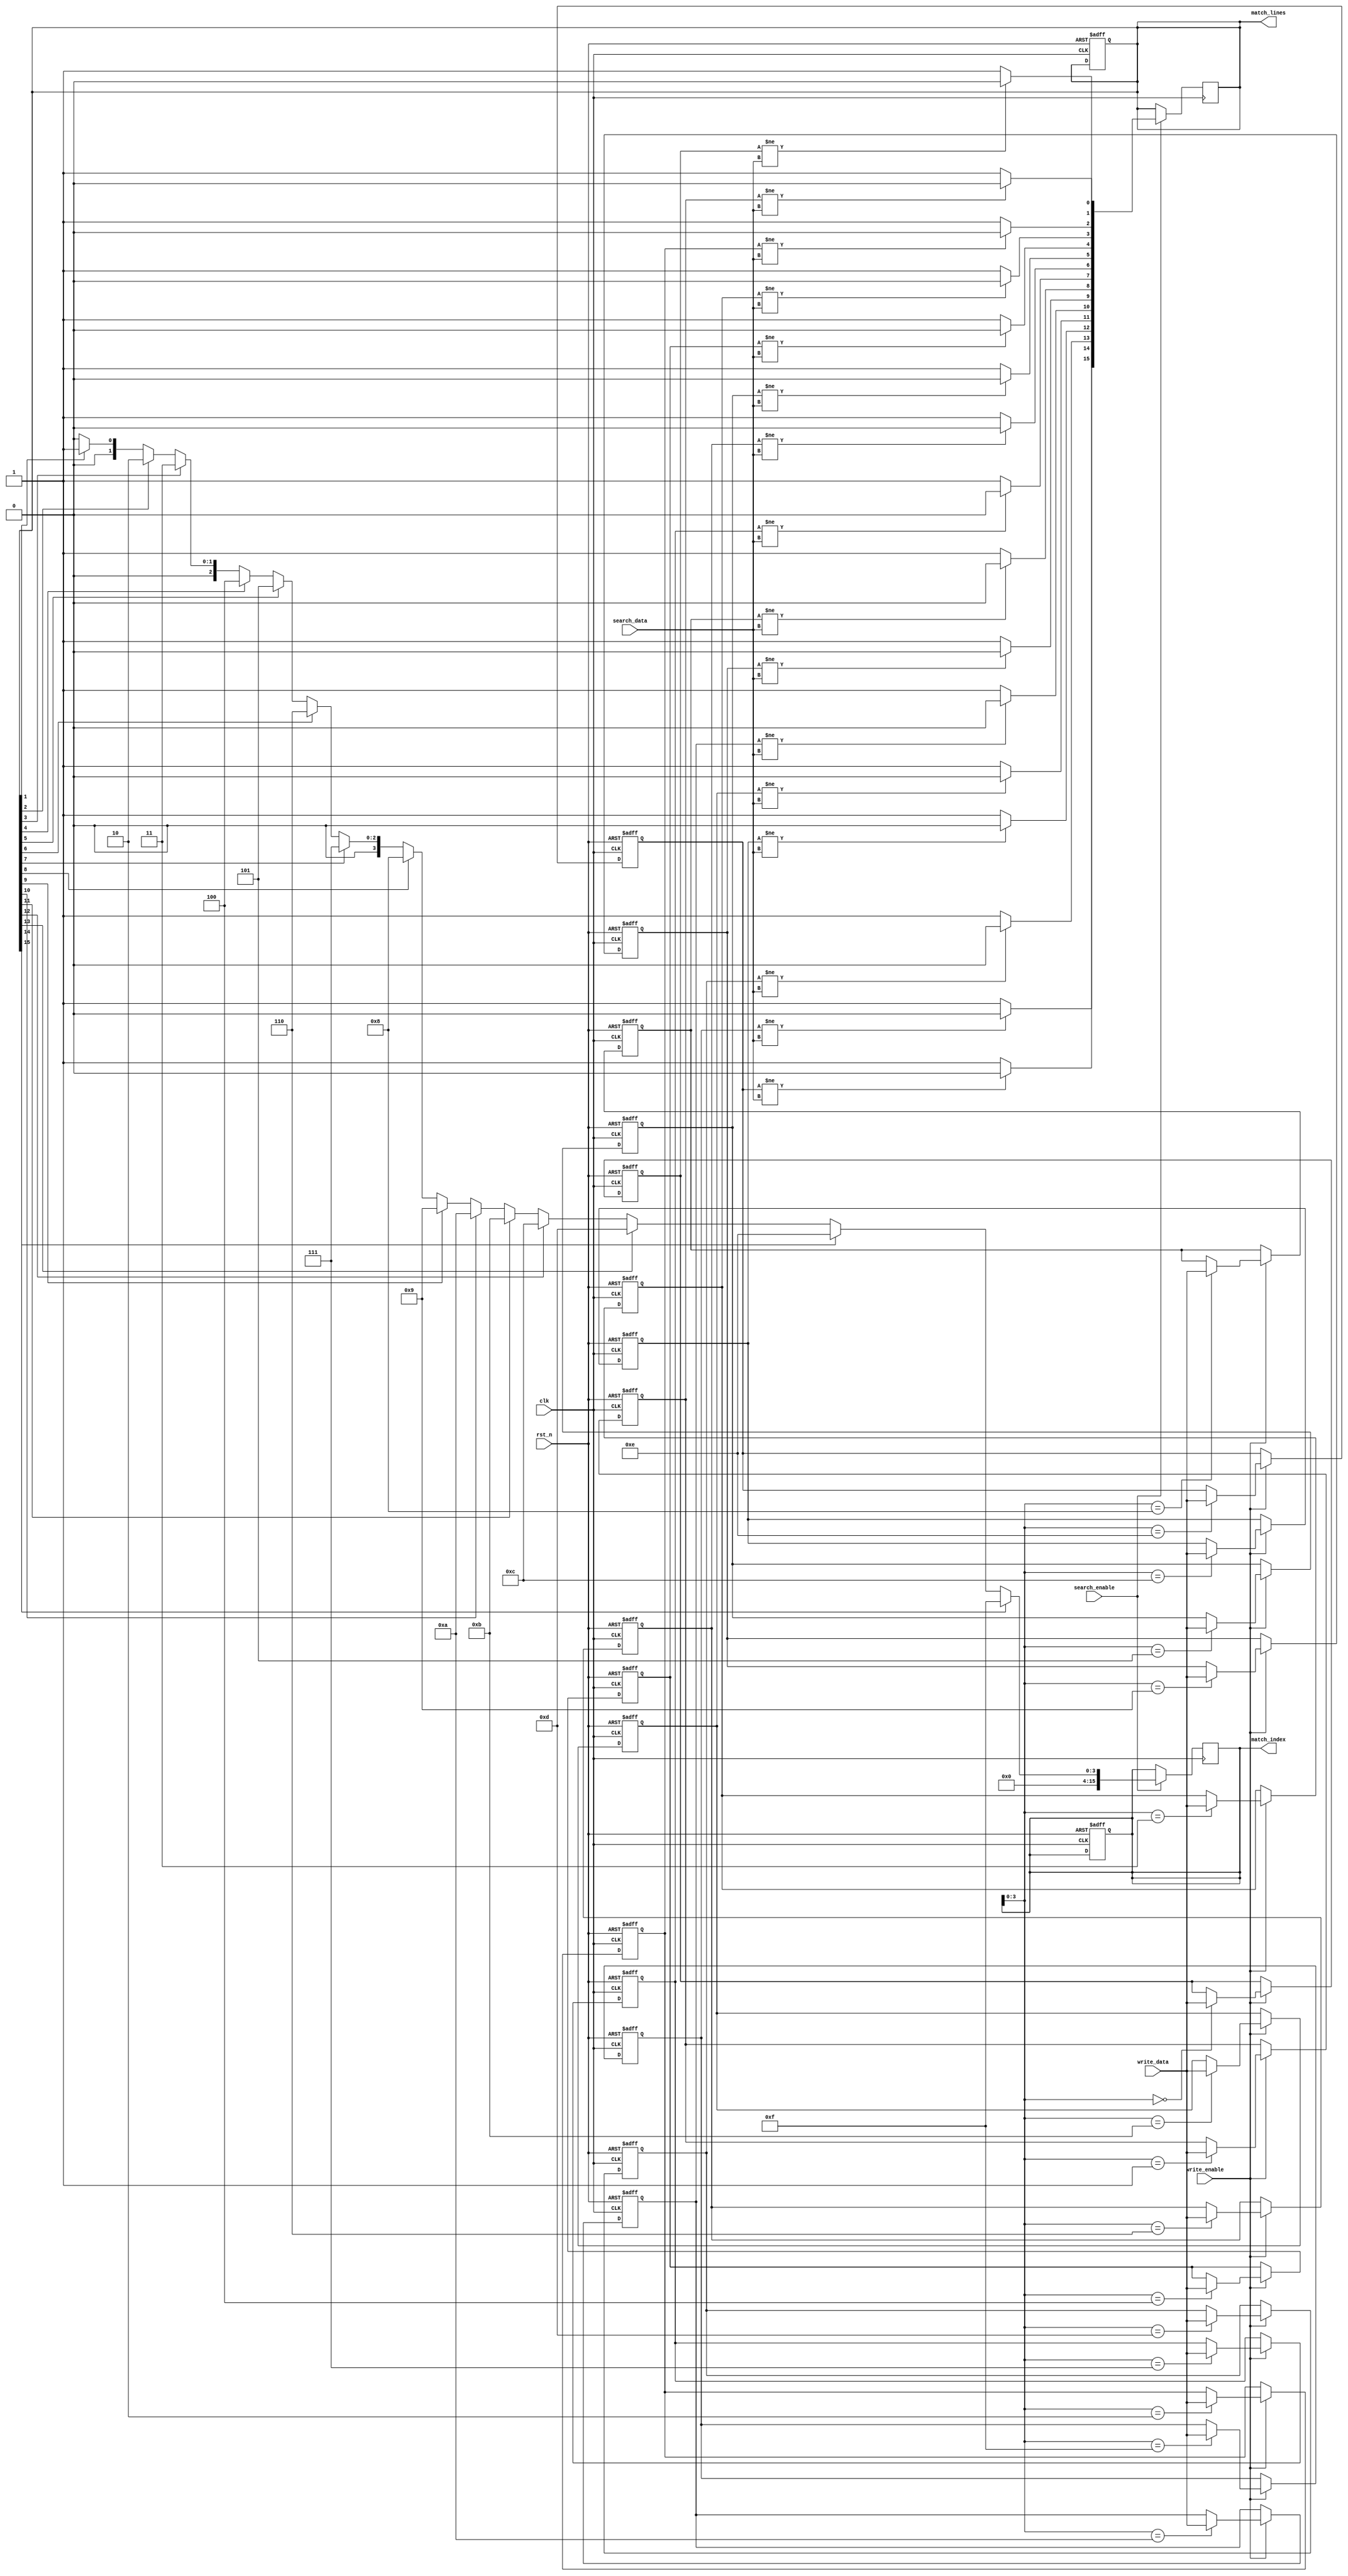
module flash_based_cam #(
    parameter DATA_WIDTH = 8,         // Width of each stored word
    parameter NUM_WORDS = 16           // Number of words in the CAM
) (
    input wire clk,                    // Clock signal
    input wire rst_n,                  // Active low reset
    input wire [DATA_WIDTH-1:0] search_data, // Data to search for
    input wire search_enable,           // Enable signal for search operation
    input wire [DATA_WIDTH-1:0] write_data, // Data to write
    input wire write_enable,            // Enable signal for write operation
    output reg [NUM_WORDS-1:0] match_lines, // Match lines for each word
    output reg [NUM_WORDS-1:0] match_index // Index of the highest priority match
);

    // Data storage array (CAM array)
    reg [DATA_WIDTH-1:0] cam_array [0:NUM_WORDS-1];

    // Internal signals
    reg [NUM_WORDS-1:0] temp_match_lines;
    integer i;

    // Write operation
    always @(posedge clk or negedge rst_n) begin
        if (!rst_n) begin
            // Reset CAM array
            for (i = 0; i < NUM_WORDS; i = i + 1) begin
                cam_array[i] <= {DATA_WIDTH{1'b0}};
            end
            match_lines <= {NUM_WORDS{1'b0}};
            match_index <= {NUM_WORDS{1'b0}};
        end else if (write_enable) begin
            // Write data to CAM
            cam_array[match_index] <= write_data; // Assuming match_index is set to the desired write location
        end
    end

    // Search operation
    always @(posedge clk) begin
        if (search_enable) begin
            temp_match_lines = {NUM_WORDS{1'b1}}; // Start with all lines matching
            for (i = 0; i < NUM_WORDS; i = i + 1) begin
                if (cam_array[i] != search_data) begin
                    temp_match_lines[i] = 1'b0; // Set to 0 if data does not match
                end
            end
            match_lines <= temp_match_lines;

            // Priority encoder logic
            match_index <= 0; // Default to 0
            for (i = 1; i < NUM_WORDS; i = i + 1) begin
                if (match_lines[i]) begin
                    match_index <= i; // Update match_index to the highest priority match
                end
            end
        end
    end

endmodule